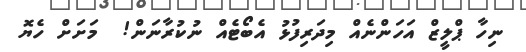
ނިހާ ޕްލީޒް އަހަންނެއް މިދަރިފުޅު އެބޯޓެއް ނުކުރާނަން!  މަށަށް ހެޔޮ